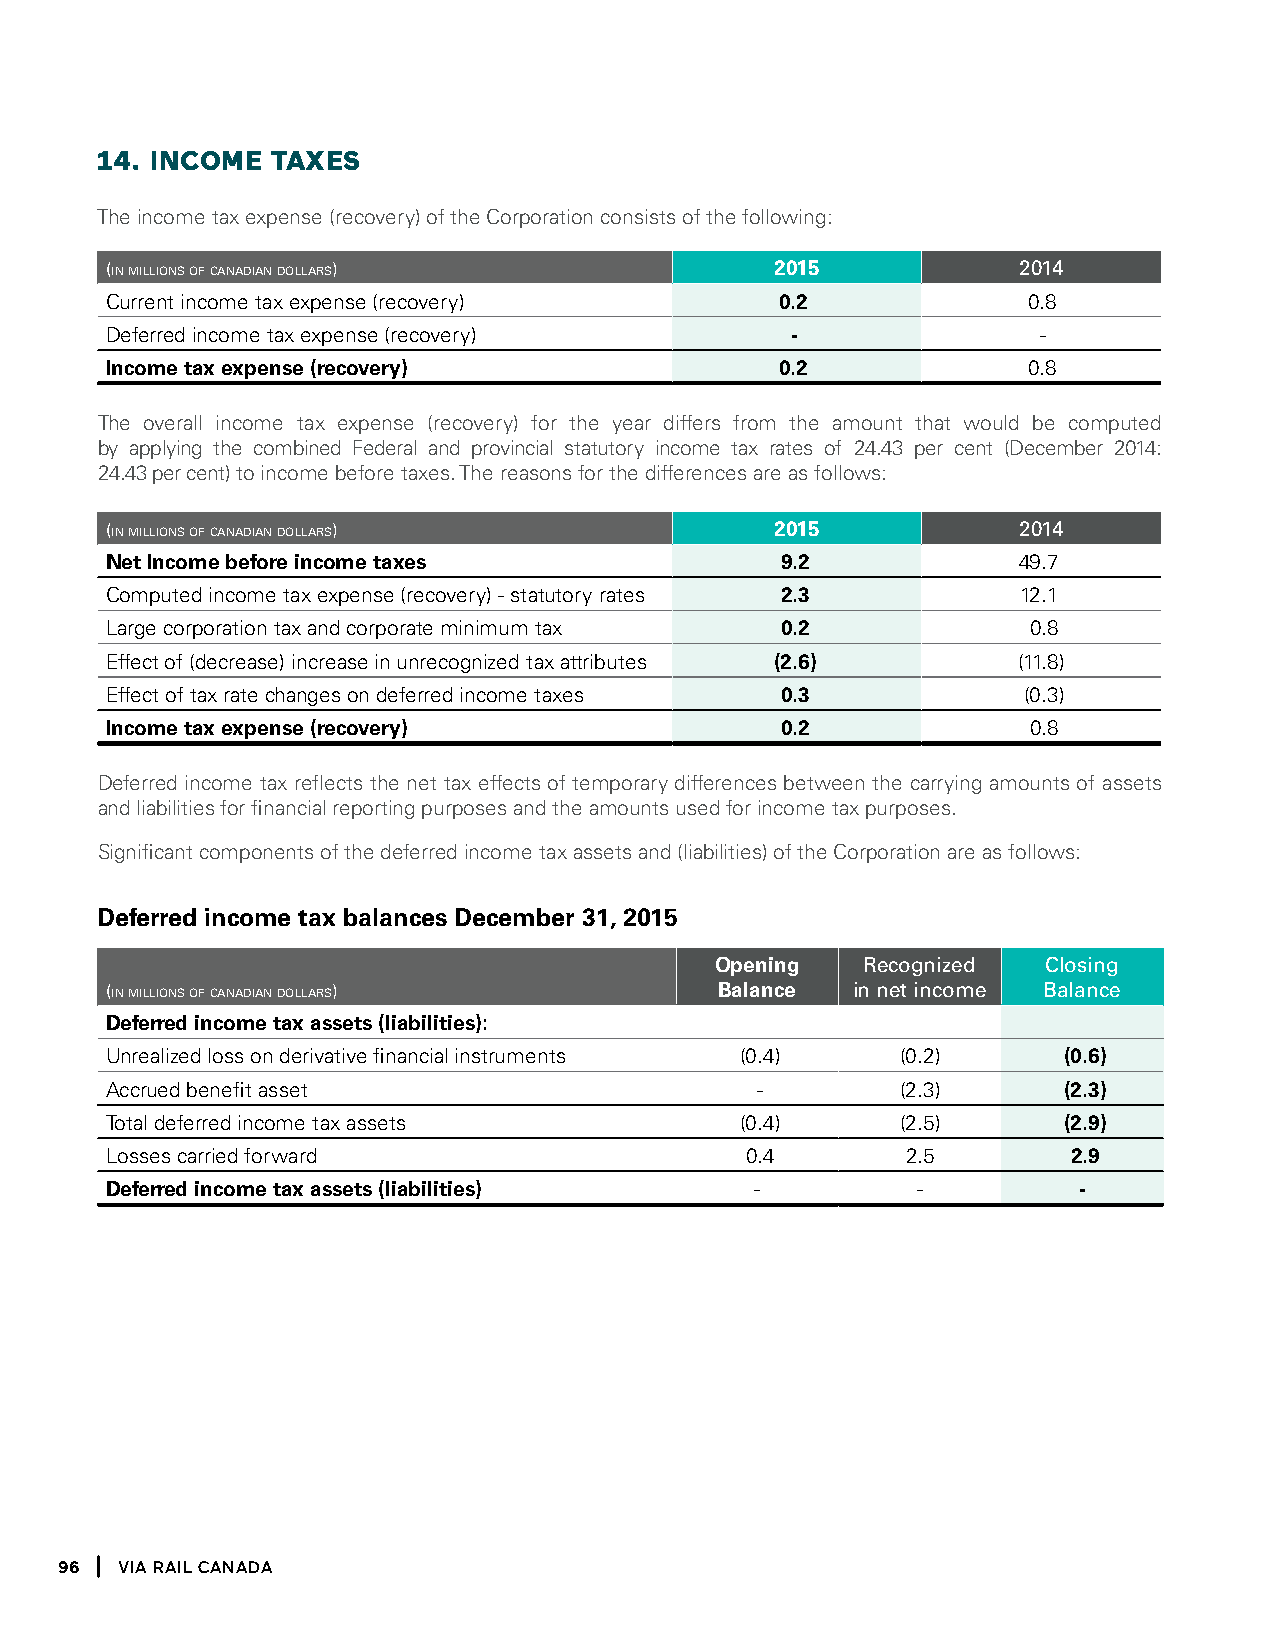
14. incOme  taXeS
 The income tax expense (recovery) of the Corporation consists of the following:
 (in millions of canadian dollars)           2015            2014
 Current income tax expense (recovery)        0.2             0.8
 Deferred income tax expense (recovery)       -                -
 Income tax expense (recovery)                0.2             0.8
 The overall income tax expense (recovery) for the year differs from the amount that would be computed
 by applying the combined Federal and provincial statutory income tax rates of 24.43 per cent (December 2014:
 24.43 per cent) to income before taxes. The reasons for the differences are as follows:
 (in millions of canadian dollars)           2015            2014
 Net Income before income taxes               9.2            49.7
 Computed income tax expense (recovery) - statutory rates 2.3 12.1
 Large corporation tax and corporate minimum tax 0.2          0.8
 Effect of (decrease) increase in unrecognized tax attributes (2.6) (11.8)
 Effect of tax rate changes on deferred income taxes 0.3      (0.3)
 Income tax expense (recovery)                0.2             0.8
 Deferred income tax reflects the net tax effects of temporary differences between the carrying amounts of assets
 and liabilities for financial reporting purposes and the amounts used for income tax purposes.
 Significant components of the deferred income tax assets and (liabilities) of the Corporation are as follows:
 Deferred income tax balances December 31, 2015
 Opening   recognized  closing
 (in millions of canadian dollars)        Balance in net income balance
 Deferred income tax assets (liabilities):
 Unrealized loss on derivative financial instruments (0.4) (0.2) (0.6)
 Accrued benefit asset                      -         (2.3)     (2.3)
 Total deferred income tax assets          (0.4)      (2.5)     (2.9)
 Losses carried forward                    0.4        2.5        2.9
 Deferred income tax assets (liabilities)   -          -         -
 96  Via Rail Canada